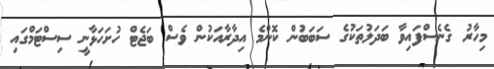
މިހާރު ގެނެސްފައިވާ ބަދަލުތަކުގެ ސަބަބުން ކޮންމެ އިދާރާއަކުން ވެސް ބަޖެޓް ހުށަހަޅާނީ ސިސްޓަމްގައި